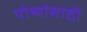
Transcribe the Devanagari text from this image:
पोथ्यांसाठी